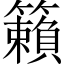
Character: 籟